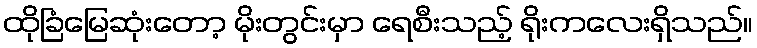
ထိုခြံမြေဆုံးတော့ မိုးတွင်းမှာ ရေစီးသည့် ရိုးကလေးရှိသည်။